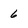
Character: 6